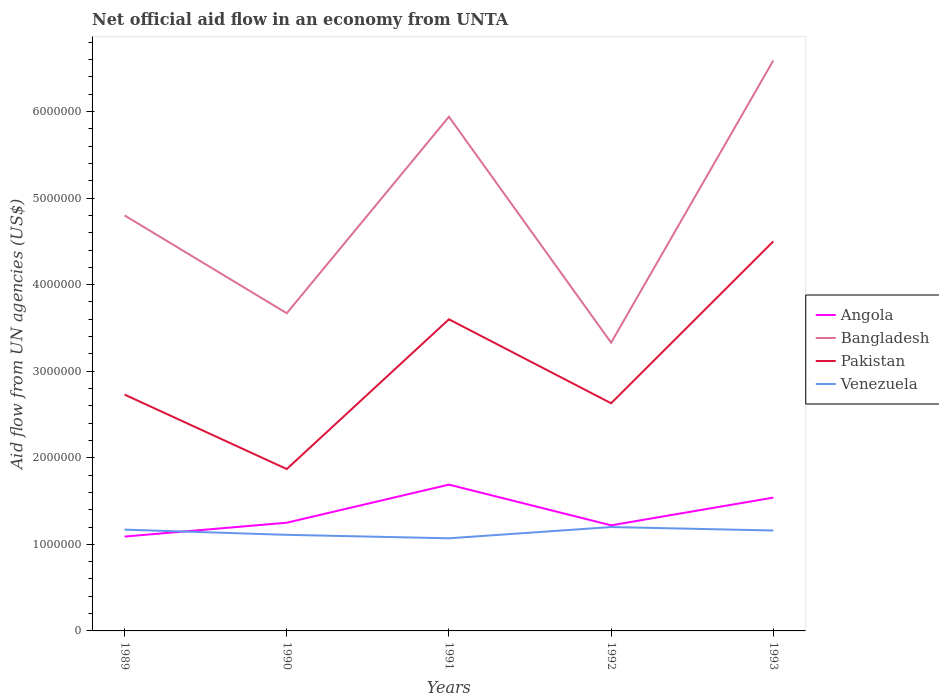
| Years | Angola | Bangladesh | Pakistan | Venezuela |
 | --- | --- | --- | --- | --- |
 | 1989 | 1.09e+06 | 4.8e+06 | 2.73e+06 | 1.17e+06 |
 | 1990 | 1.25e+06 | 3.67e+06 | 1.87e+06 | 1.11e+06 |
 | 1991 | 1.69e+06 | 5.94e+06 | 3.6e+06 | 1.07e+06 |
 | 1992 | 1.22e+06 | 3.33e+06 | 2.63e+06 | 1.2e+06 |
 | 1993 | 1.54e+06 | 6.59e+06 | 4.5e+06 | 1.16e+06 |